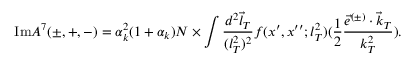
\mathrm { I m } { \cal A } ^ { 7 } ( \pm , + , - ) = \alpha _ { k } ^ { 2 } ( 1 + \alpha _ { k } ) { \cal N } \times \int \frac { d ^ { 2 } \vec { l } _ { T } } { ( l _ { T } ^ { 2 } ) ^ { 2 } } f ( x ^ { \prime } , x ^ { \prime \prime } ; l _ { T } ^ { 2 } ) ( \frac { 1 } { 2 } \frac { \vec { e } ^ { ( \pm ) } \cdot \vec { k } _ { T } } { k _ { T } ^ { 2 } } ) .